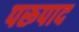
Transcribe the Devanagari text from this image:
परूपाद